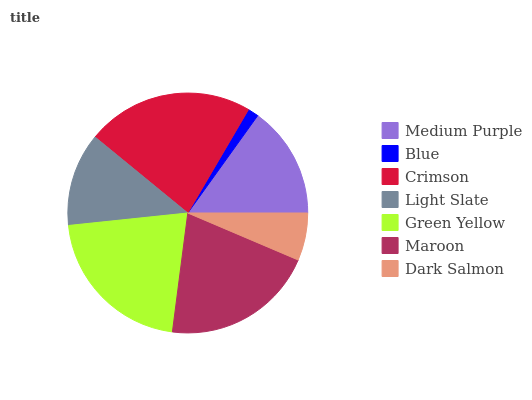
| Medium Purple | Blue | Crimson | Light Slate | Green Yellow | Maroon | Dark Salmon |
 | --- | --- | --- | --- | --- | --- | --- |
 | 15.1% | 1.46% | 22.6% | 12.6% | 21.3% | 20.7% | 6.39% |